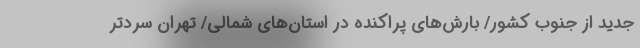
جدید از جنوب کشور/ بارش‌های پراکنده در استان‌های شمالی/ تهران سردتر